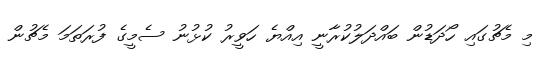
މި މެޗުގައި ހޯދަޑުން ބައްދަލުކުރާނީ އިއްޔެ ހަވީރު ކުޅުނު ސެމީގެ ފުރަތަމަ މެޗުން